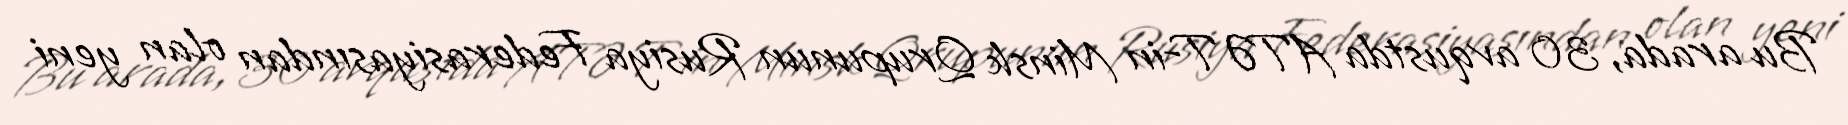
Bu arada, 30 avqustda ATƏT-in Minsk Qrupunun Rusiya Federasiyasından olan yeni